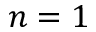
n = 1